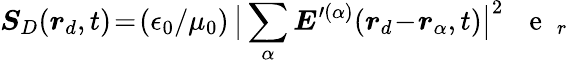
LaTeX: \boldsymbol{S}_{D}(\boldsymbol{r}_{d},t)\! =\! (\epsilon_{0}/\mu_{0})\, \big|\sum_{\alpha}\boldsymbol{E}^{\prime(\alpha)}(\boldsymbol{r}_{d}\! -\! \boldsymbol{r}_{\alpha},t)\big|^{2}\, \mathrm{~\textbf~{~e~}~}_{r}